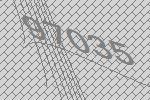
97035